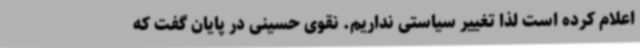
اعلام کرده است لذا تغییر سیاستی نداریم. نقوی حسینی در پایان گفت که